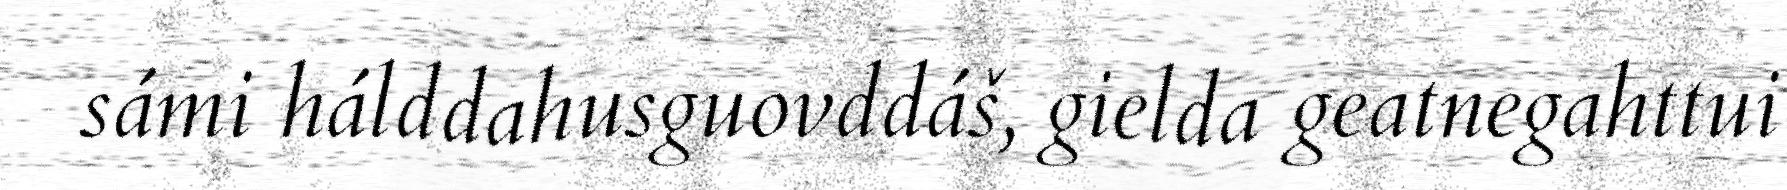
sámi hálddahusguovddáš, gielda geatnegahttui